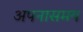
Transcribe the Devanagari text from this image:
अपनासमय